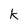
Character: k